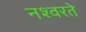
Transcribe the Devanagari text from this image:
नश्वरते